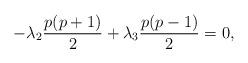
LaTeX: \begin{align*}-\lambda_2 \frac{p(p+1)}{2} +\lambda_3 \frac{p(p-1)}{2} =0,\end{align*}